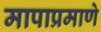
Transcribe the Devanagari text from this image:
मापाप्रमाणे